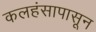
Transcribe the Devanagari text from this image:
कलहंसापासून